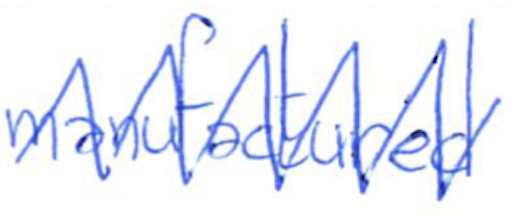
Text: manufactured
Cross-out: zig-zag
Writing tool: ballpoint